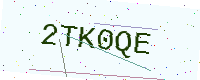
Text: 2TK0QE